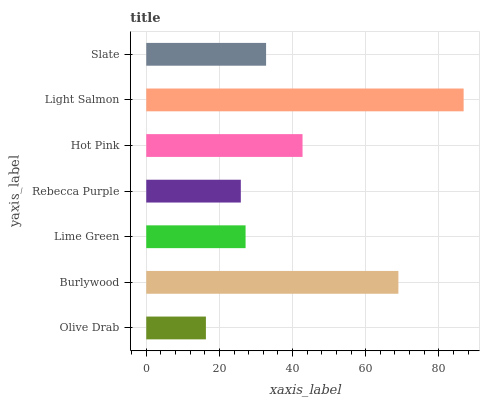
| yaxis_label | bars |
 | --- | --- |
 | Olive Drab | 16.3 |
 | Burlywood | 68.9 |
 | Lime Green | 27.2 |
 | Rebecca Purple | 25.9 |
 | Hot Pink | 42.7 |
 | Light Salmon | 86.8 |
 | Slate | 32.8 |